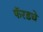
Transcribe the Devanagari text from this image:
फॅरडचे